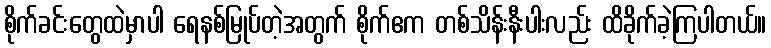
စိုက်ခင်းတွေထဲမှာပါ ရေနစ်မြုပ်တဲ့အတွက် စိုက်ဧက တစ်သိန်းနီးပါးလည်း ထိခိုက်ခဲ့ကြပါတယ်။